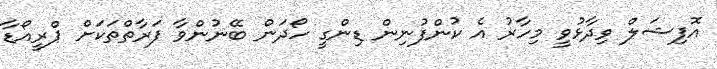
އޮފިޝަލް ވިދާޅުވީ މިހާރު އެ ކުންފުނިން ޑިންގީ ހޯދަން ބޭނުންވާ ފަރާތްތަކަށް ޕްރީއޯޑާ